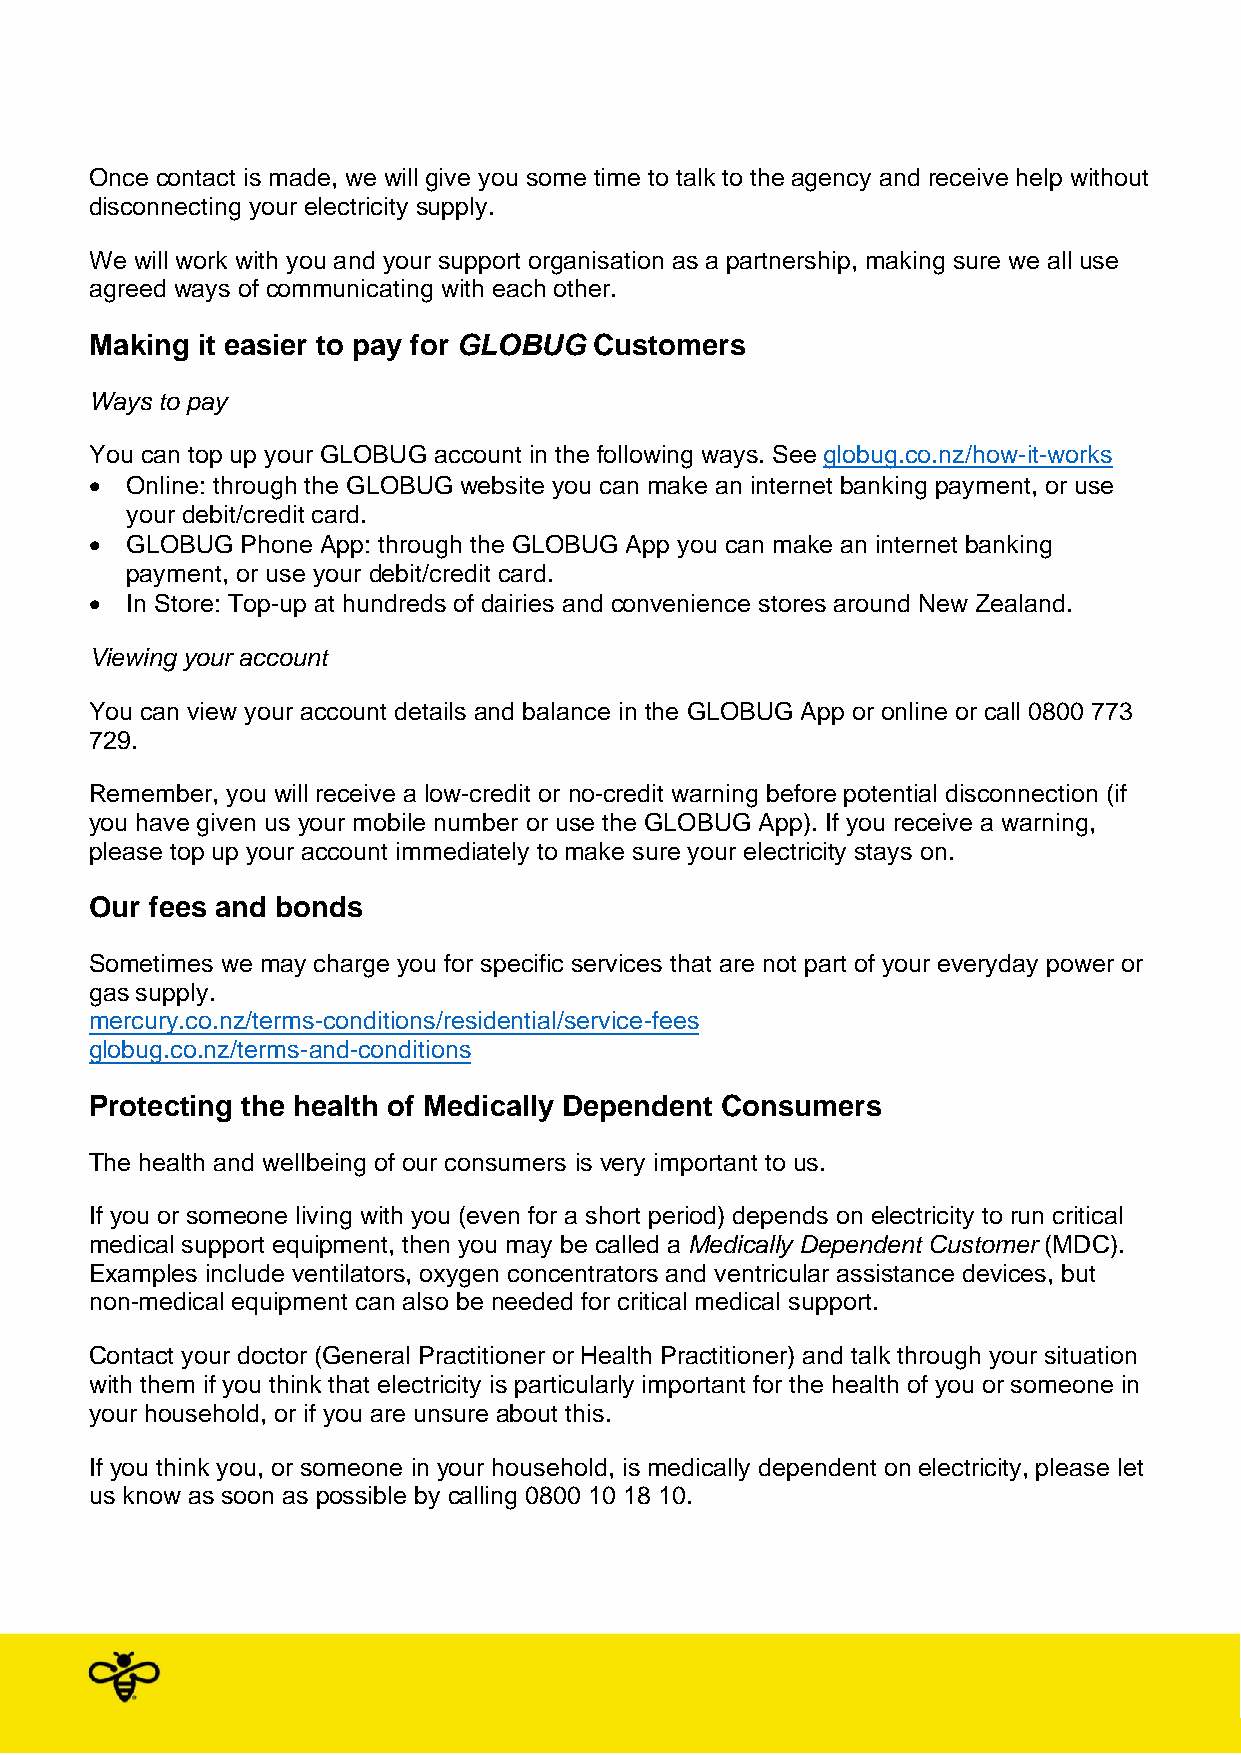
Once contact is made, we will give you some time to talk to the agency and receive help without
 disconnecting your electricity supply.
 We will work with you and your support organisation as a partnership, making sure we all use
 agreed ways of communicating with each other.
 Making it easier to pay for GLOBUG Customers
 Ways to pay
 You can top up your GLOBUG account in the following ways. See globug.co.nz/how-it-works
 • Online: through the GLOBUG website you can make an internet banking payment, or use
 your debit/credit card.
 • GLOBUG  Phone App: through the GLOBUG App you can make an internet banking
 payment, or use your debit/credit card.
 • In Store: Top-up at hundreds of dairies and convenience stores around New Zealand.
 Viewing your account
 You can view your account details and balance in the GLOBUG App or online or call 0800 773
 729.
 Remember, you will receive a low-credit or no-credit warning before potential disconnection (if
 you have given us your mobile number or use the GLOBUG App). If you receive a warning,
 please top up your account immediately to make sure your electricity stays on.
 Our fees and bonds
 Sometimes we may charge you for specific services that are not part of your everyday power or
 gas supply.
 mercury.co.nz/terms-conditions/residential/service-fees
 globug.co.nz/terms-and-conditions
 Protecting the health of Medically Dependent Consumers
 The health and wellbeing of our consumers is very important to us.
 If you or someone living with you (even for a short period) depends on electricity to run critical
 medical support equipment, then you may be called a Medically Dependent Customer (MDC).
 Examples include ventilators, oxygen concentrators and ventricular assistance devices, but
 non-medical equipment can also be needed for critical medical support.
 Contact your doctor (General Practitioner or Health Practitioner) and talk through your situation
 with them if you think that electricity is particularly important for the health of you or someone in
 your household, or if you are unsure about this.
 If you think you, or someone in your household, is medically dependent on electricity, please let
 us know as soon as possible by calling 0800 10 18 10.